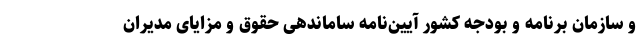
و سازمان برنامه و بودجه کشور آیین‌نامه ساماندهی حقوق و مزایای مدیران